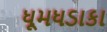
ધૂમધડાકા